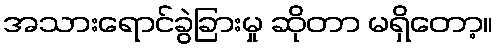
အသားရောင်ခွဲခြားမှု ဆိုတာ မရှိတော့။